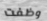
وظفت